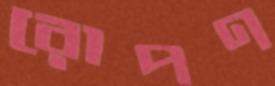
রোপণ